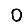
Digit: 0